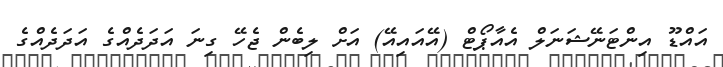
އައްޑޫ އިންޓަނޭޝަނަލް އެއާޕޯޓް (އޭއައިއޭ) އަށް ލިބެން ޖެހޭ ގިނަ އަދަދެއްގެ އަދަދެއްގެ